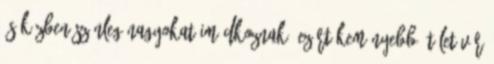
és közben színleg nagyokat imádkoznak. Ezért keményebb ítélet vár